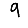
Digit: 9